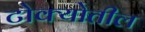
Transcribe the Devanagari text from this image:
टोक्योतील